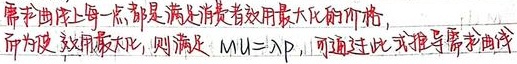
需求曲线上每一点，都是满足消费者效用最大化的价格。而为使效用最大化，则满足\(MU = \lambda P\)，可通过此式推导需求曲线。